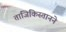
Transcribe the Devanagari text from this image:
ताजिकिस्तानने